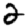
Digit: 2